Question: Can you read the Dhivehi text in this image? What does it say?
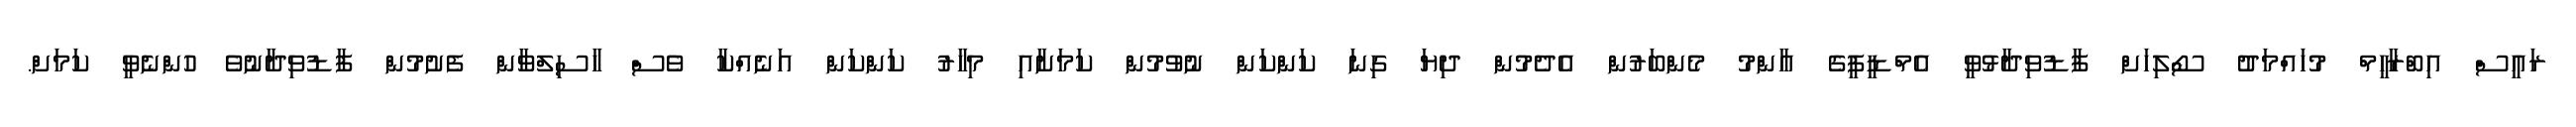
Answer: ރައީސް އިބްރާހީމް މުހައްމަދު ސޯލިހަށް ފާޑުވިދާޅުވީ އެމްޑީޕީގެ އާންމު މެންބަރުން އެދެމުން ދިޔަ ގިނަ ކަންކަން ނުވުމުން ކަމަށާއި މިހާރު ކަންކަން އަނެއްކާ ވެސް ހާސިލްވާން ފެށުމުން ފާޑުވިދާނުވެ ހުންނެވީ ކަމަށް.